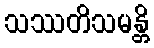
သဿတိသမန္တိ